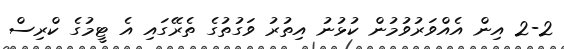
2-2 އިން އެއްވަރުވުމުން ކުޅުނު އިތުރު ވަގުތުގެ ތެރޭގައި އެ ޓީމުގެ ކްރިސް